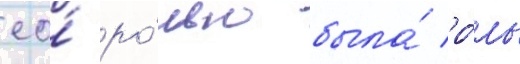
ео́ ро́лью была́ ро́ль